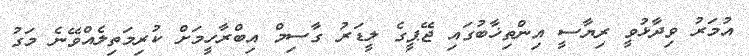
އުމަރު ވިދާޅުވީ ރިޔާސީ އިންތިޚާބުގައި ޖޭޕީގެ ލީޑަރު ގާސިމް އިބްރާހީމަށް ކުރިމަތިލެއްވޭނެ މަގު